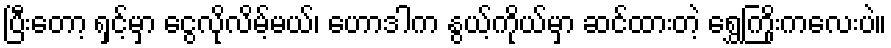
ပြီးတော့ ရှင့်မှာ ငွေလိုလိမ့်မယ်၊ ဟောဒါက နွယ့်ကိုယ်မှာ ဆင်ထားတဲ့ ရွှေကြိုးကလေးပဲ။